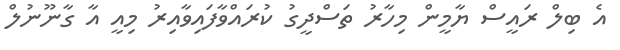
އެ ބިލް ރައީސް ޔާމީން މިހާރު ތަސްދީގު ކުރައްވާފައިވާއިރު މިއީ އާ ގާނޫނުލް